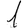
Digit: 1